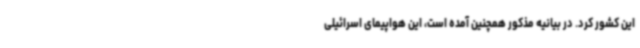
این کشور کرد. در بیانیه مذکور همچنین آمده است، این هواپیمای اسرائیلی